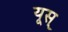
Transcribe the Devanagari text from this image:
यूस्